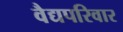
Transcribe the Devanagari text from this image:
वैद्यपरिवार